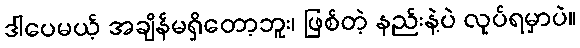
ဒါပေမယ့် အချိန်မရှိတော့ဘူး၊ ဖြစ်တဲ့ နည်းနဲ့ပဲ လုပ်ရမှာပဲ။